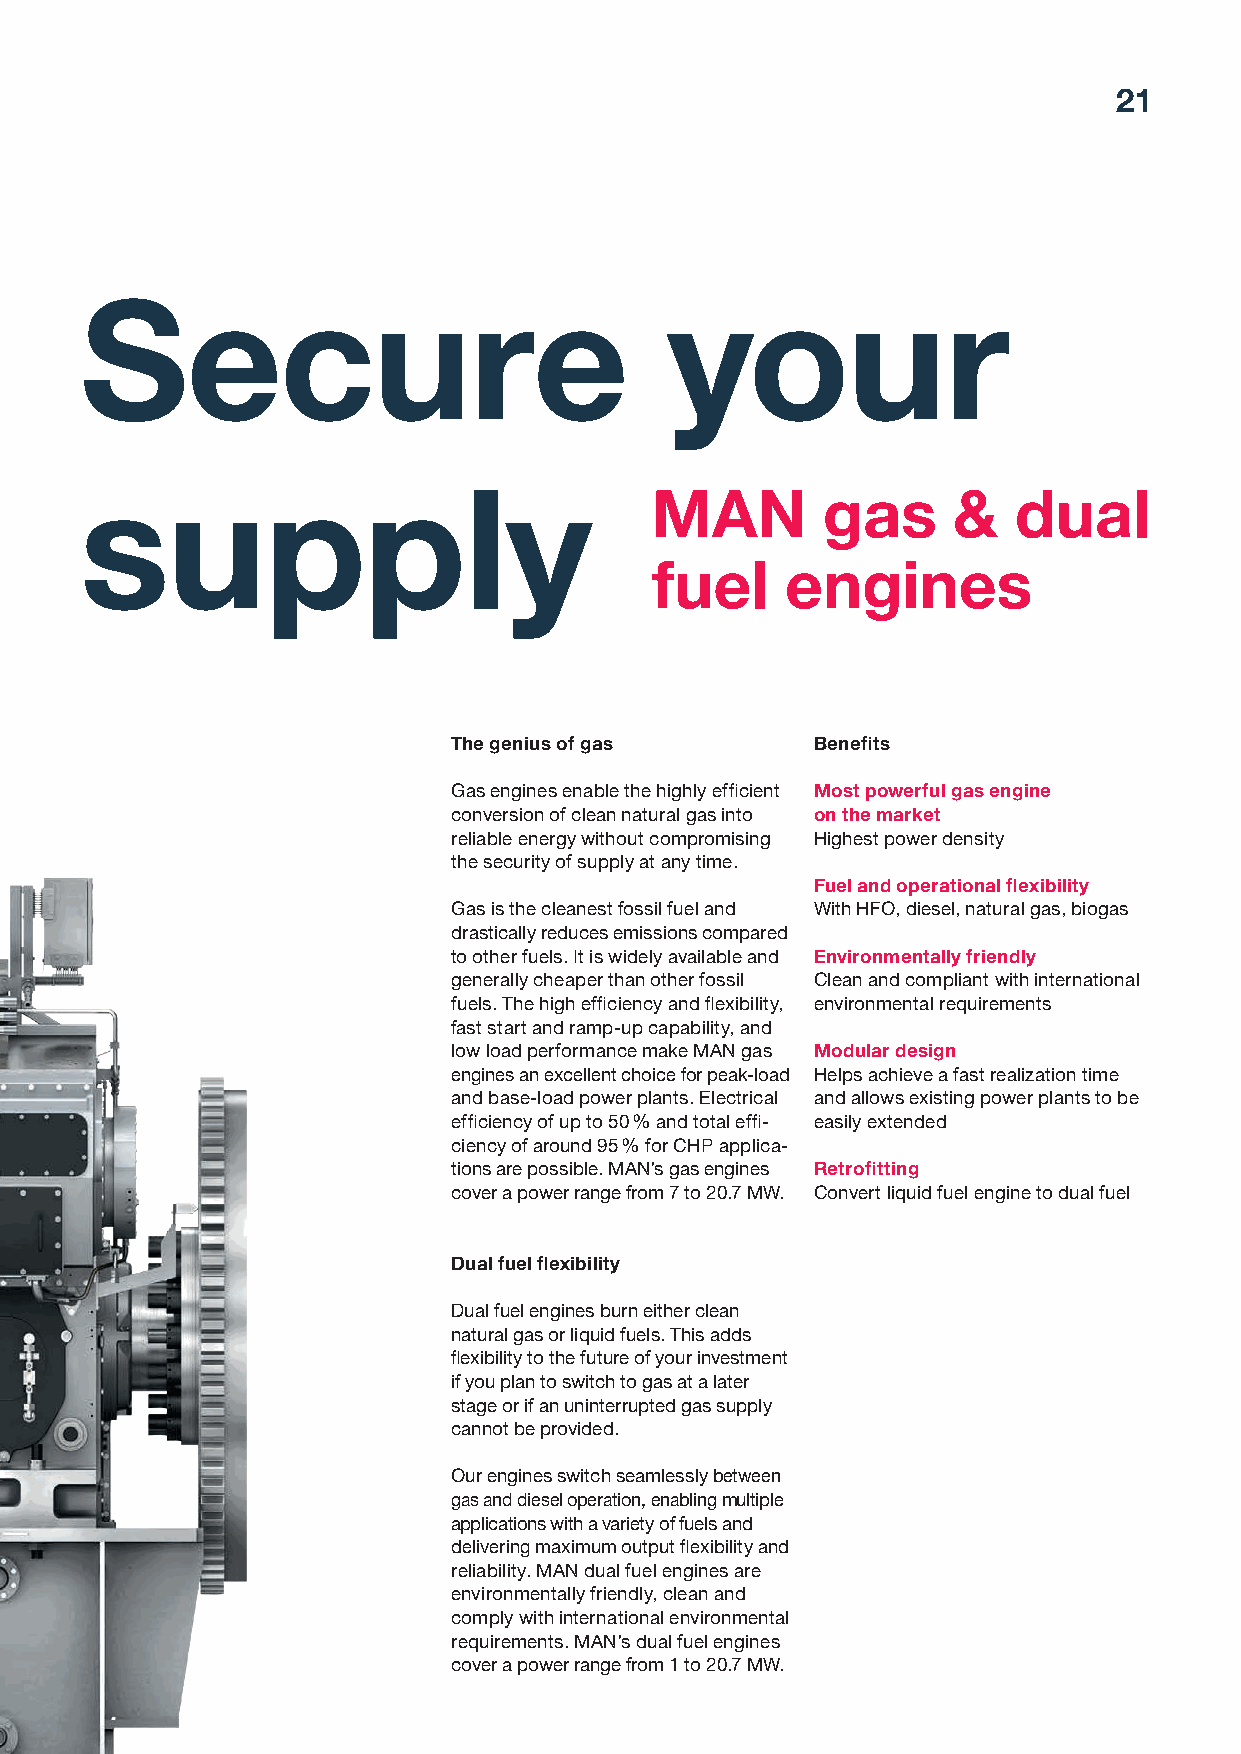
21
 Secure                                 your
 MAN        gas      &   dual
 supply
 fuel     engines
 The genius of gas       Benefits
 Gas engines enable the highly efficient Most powerful gas engine
 conversion of clean natural gas into on the market
 reliable energy without compromising Highest power density
 the security of supply at any time.
 Fuel and operational flexibility
 Gas is the cleanest fossil fuel and With HFO, diesel, natural gas, biogas
 drastically reduces emissions compared
 to other fuels. It is widely available and Environmentally friendly
 generally cheaper than other fossil Clean and compliant with international
 fuels. The high efficiency and flexibility, environmental requirements
 fast start and ramp-up capability, and
 low load performance make MAN gas Modular design
 engines an excellent choice for peak-load Helps achieve a fast realization time
 and base-load power plants. Electrical and allows existing power plants to be
 efficiency of up to 50 % and total effi- easily extended
 ciency of around 95 % for CHP applica-
 tions are possible. MAN’s gas engines Retrofitting
 cover a power range from 7 to 20.7 MW. Convert liquid fuel engine to dual fuel
 Dual fuel flexibility
 Dual fuel engines burn either clean
 natural gas or liquid fuels. This adds
 flexibility to the future of your investment
 if you plan to switch to gas at a later
 stage or if an uninterrupted gas supply
 cannot be provided.
 Our engines switch seamlessly between
 gas and diesel operation, enabling multiple
 applications with a variety of fuels and
 delivering maximum output flexibility and
 reliability. MAN dual fuel engines are
 environmentally friendly, clean and
 comply with international environmental
 requirements. MAN’s dual fuel engines
 cover a power range from 1 to 20.7 MW.